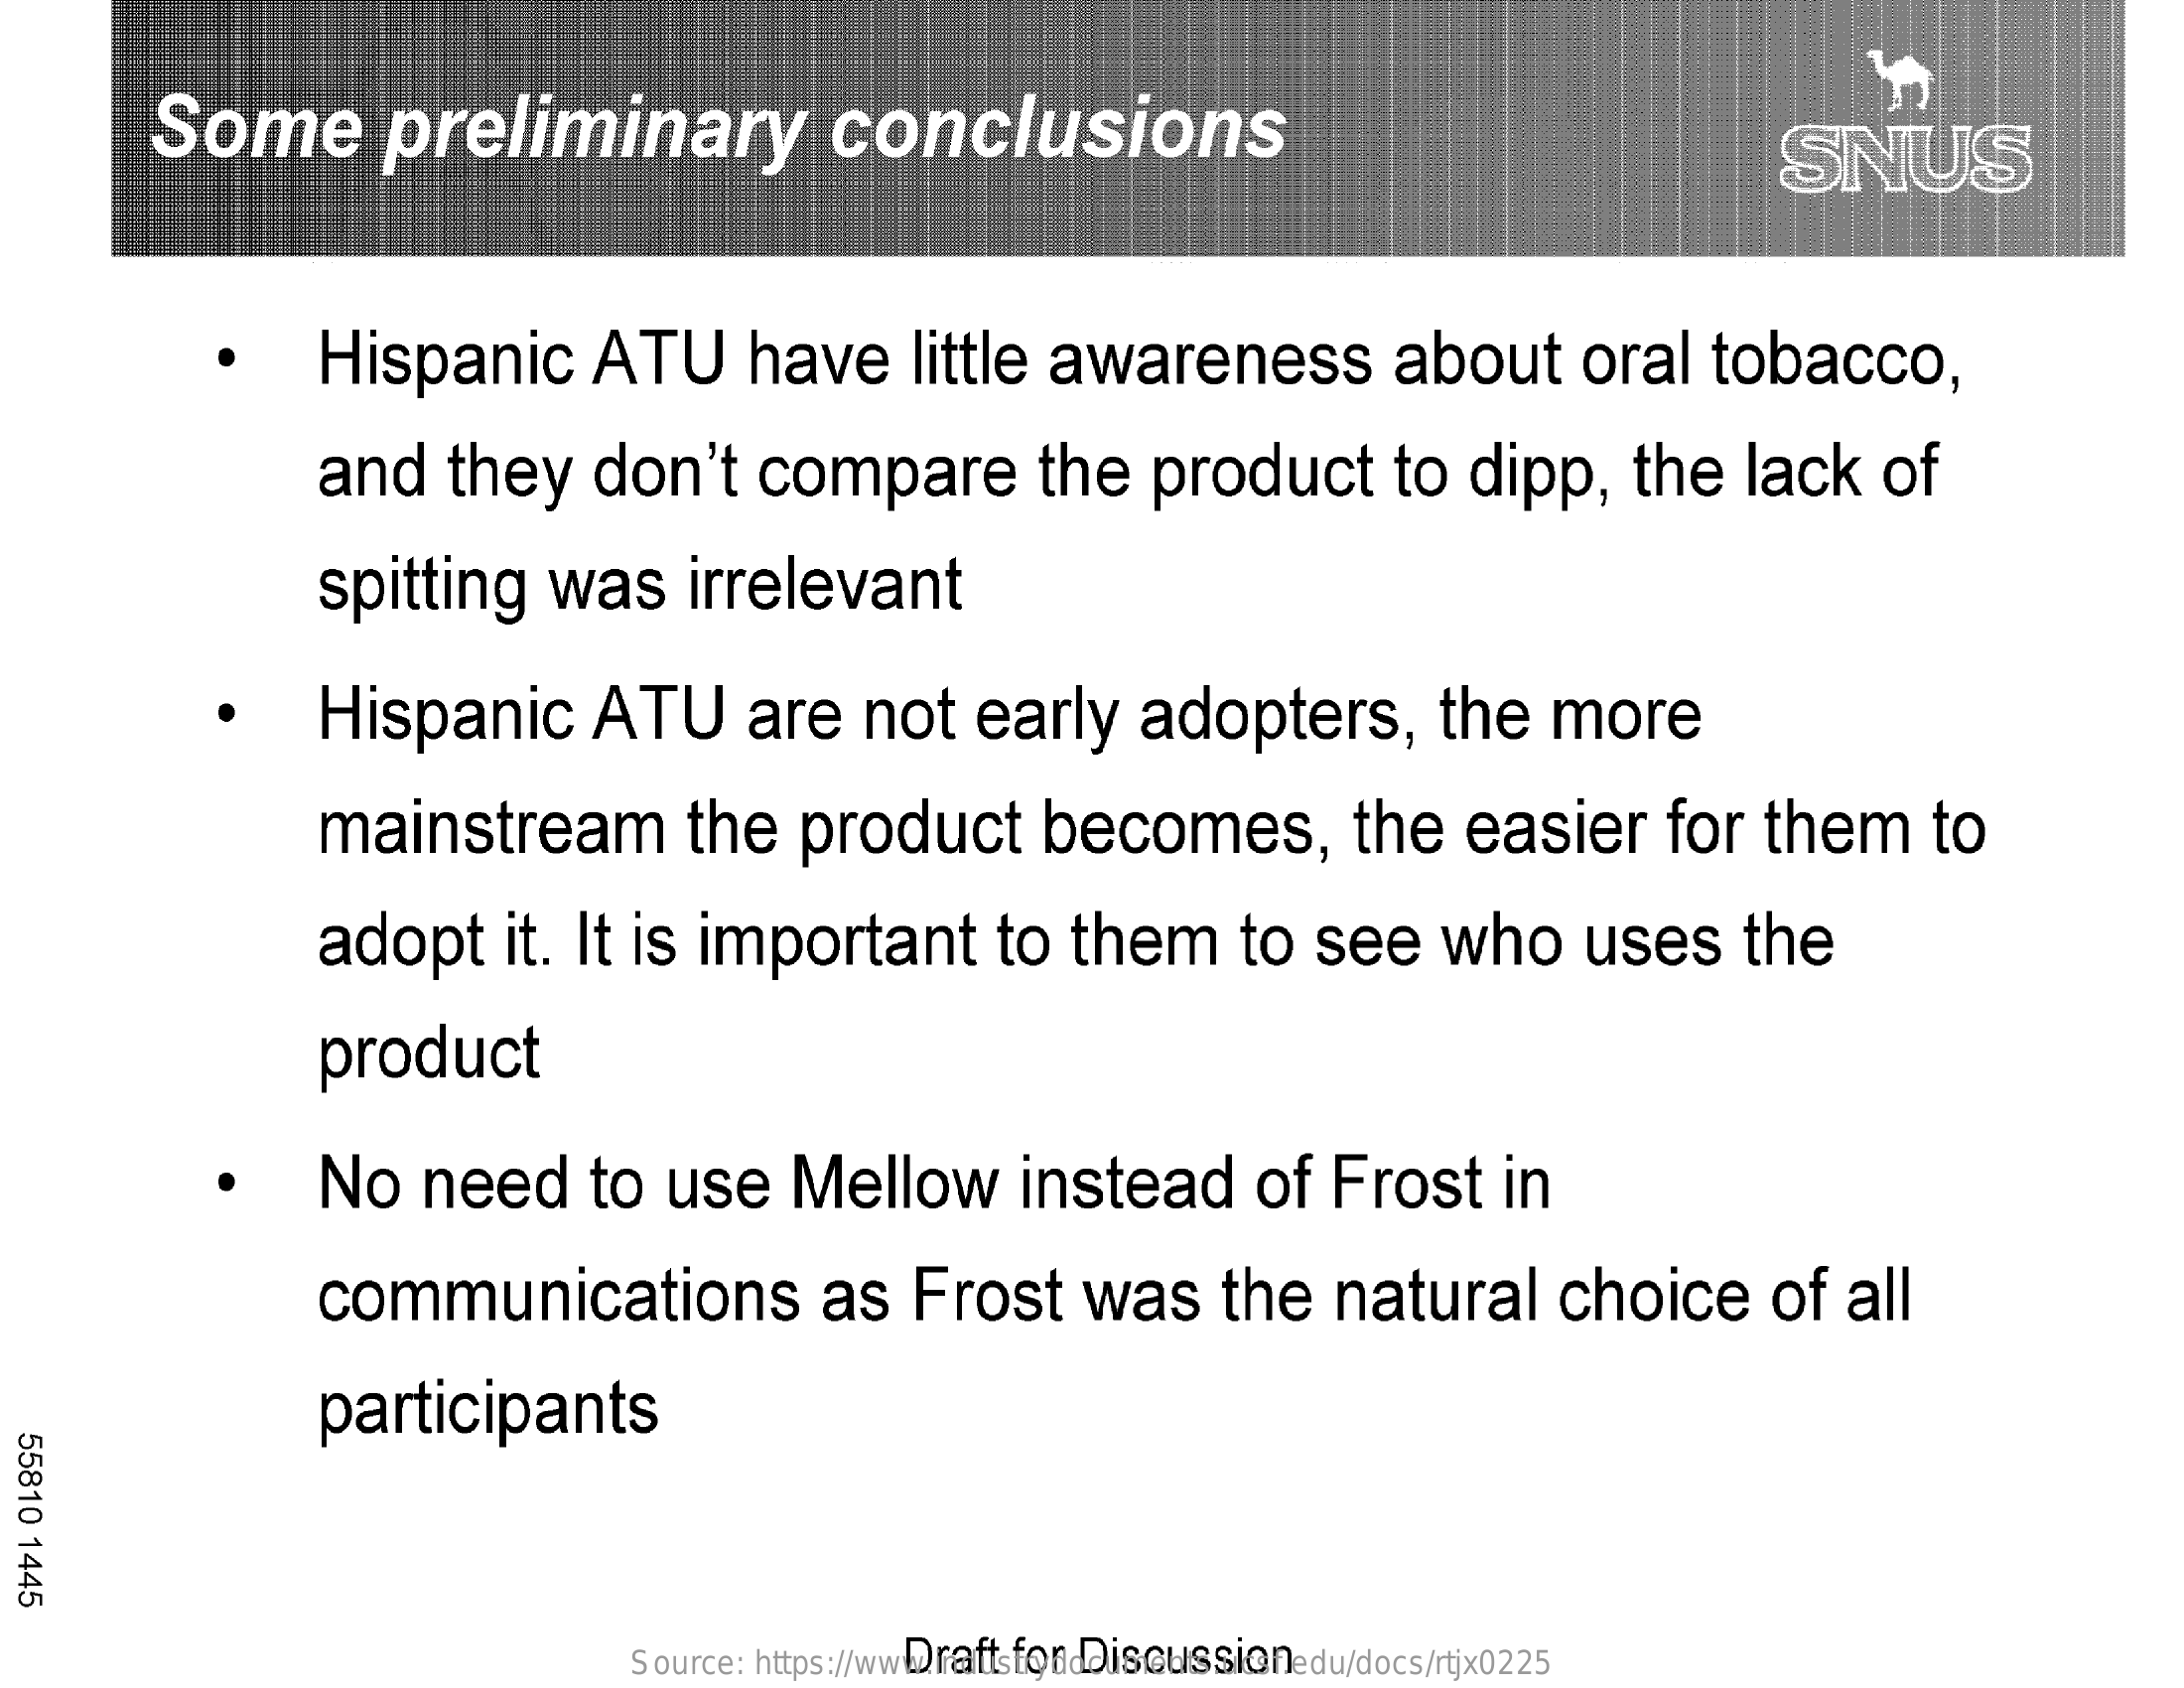
Some    preliminary    conclusions    SNUS
     ·    Hispanic    ATU    have    little    awareness    about    oral    tobacco,
     and    they    don't    compare    the    product    to    dipp,    the    lack    of
     spitting    was    irrelevant
     .    Hispanic    ATU    are    not    early    adopters,    the    more
     mainstream    the    product    becomes,    the    easier    for    them    to
     adopt    it.   It  is    important    to    them    to    see    who    uses    the
     product
     No    need    to    use    Mellow    instead    of    Frost    in
     communications    as    Frost    was    the    natural    choice    of    all
     participants
  55810
  1445
     Draft    for  Discussion Source: https://www.industrydocuments.ucsf.edu/docs/rtjx0225